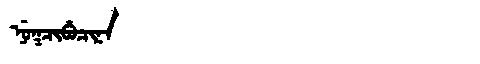
Manchu: ᠨᡠᡴᠴᡳᠪᡠᠴᡳᠨᠠ
Romanization: NUKCIBUCINA